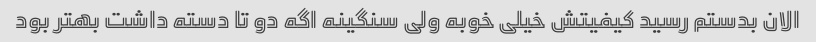
الان بدستم رسید کیفیتش خیلی خوبه ولی سنگینه اگه دو تا دسته داشت بهتر بود